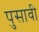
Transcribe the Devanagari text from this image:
पुसावी